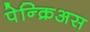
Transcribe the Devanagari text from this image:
पेन्क्रिअस